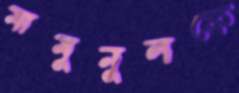
মামুনুলকে